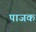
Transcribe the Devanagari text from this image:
पाजक